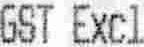
GST EXCL